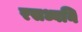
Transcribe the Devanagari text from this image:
रसध्वनि